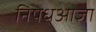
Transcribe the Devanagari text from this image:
निषेधआज्ञा